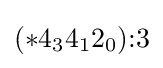
(*4_{3}4_{1}2_{0}){:}3